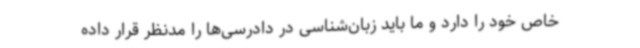
خاص خود را دارد و ما باید زبان‌شناسی در دادرسی‌ها را مدنظر قرار داده